Civil Veterinary Department Bihar & Orissa reports 1922-29 - 1922-1929
Year: 1922
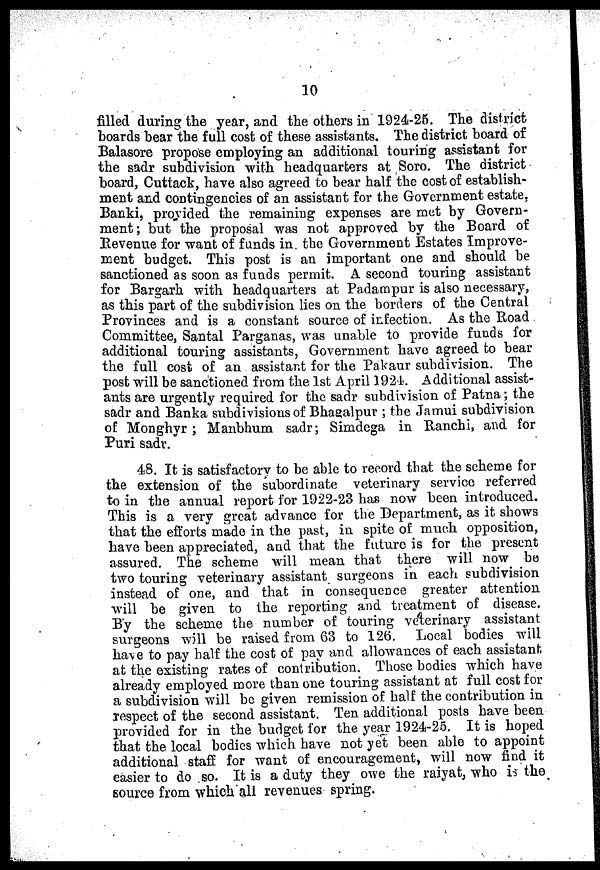
10
filled during the year, and the others in 1924-25. The district
boards bear the full cost of these assistants. The district board of
Balasore propose employing an additional touring assistant for
the sadr subdivision with headquarters at Soro. The district
board, Cuttack, have also agreed to bear half the cost of establish-
ment and contingencies of an assistant for the Government estate,
Banki, provided the remaining expenses are met by Govern-
ment; but the proposal was not approved by the Board of
Revenue for want of funds in the Government Estates Improve-
ment budget. This post is an important one and should be
sanctioned as soon as funds permit. A second touring assistant
for Bargarh with headquarters at Padampur is also necessary,
as this part of the subdivision lies on the borders of the Central
Provinces and is a constant source of infection. As the Road
Committee, Santal Parganas, was unable to provide funds for
additional touring assistants, Government have agreed to bear
the full cost of an assistant for the Pakaur subdivision. The
post will be sanctioned from the 1st April 1924. Additional assist-
ants are urgently required for the sadr subdivision of Patna; the
sadr and Banka subdivisions of Bhagalpur ; the Jamui subdivision
of Monghyr ; Manbhum sadr; Simdega in Ranchi, and for
Puri sadr.
48. It is satisfactory to be able to record that the scheme for
the extension of the subordinate veterinary service referred
to in the annual report for 1922-23 has now been introduced.
This is a very great advance for the Department, as it shows
that the efforts made in the past, in spite of much opposition,
have been appreciated, and that the future is for the present
assured. The scheme will mean that there will now be
two touring veterinary assistant surgeons in each subdivision
instead of one, and that in consequence greater attention
will be given to the reporting and treatment of disease.
By the scheme the number of touring veterinary assistant
surgeons will be raised from 63 to 126. Local bodies will
have to pay half the cost of pay and allowances of each assistant
at the existing rates of contribution. Those bodies which have
already employed more than one touring assistant at full cost for
a subdivision will be given remission of half the contribution in
respect of the second assistant. Ten additional posts have been
provided for in the budget for the year 1924-25. It is hoped
that the local bodies which have not yet been able to appoint
additional staff for want of encouragement, will now find it
easier to do so. It is a duty they owe the raiyat, who is the
source from which all revenues spring.